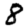
Digit: 8